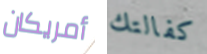
أمريكان كفالتك